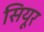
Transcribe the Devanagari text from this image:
सियूर